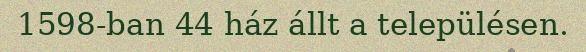
1598-ban 44 ház állt a településen.